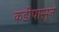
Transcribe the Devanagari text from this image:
कडीपासून